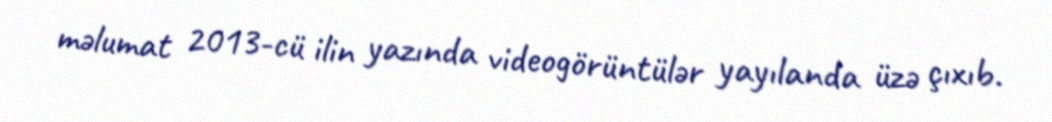
məlumat 2013-cü ilin yazında videogörüntülər yayılanda üzə çıxıb.